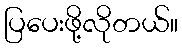
ပြပေးဖို့လိုတယ်။